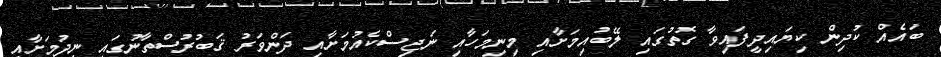
ބައެއް ކުދިން ކިޔައިދީފައިވާ ގޮތުގައި ލޭބުއިމަށާއި މިނިމަހާއި ނަޖިސްކެއުމަށާއި ދަންވަރު ޤަބުރުސްތާނުގައި ނިދުމަށާއި